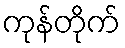
ကုန်တိုက်